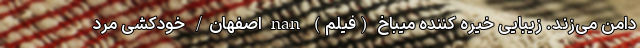
دامن می‌زند. زیبایی خیره کننده میباخ (فیلم) nan اصفهان/ خودکشی مرد